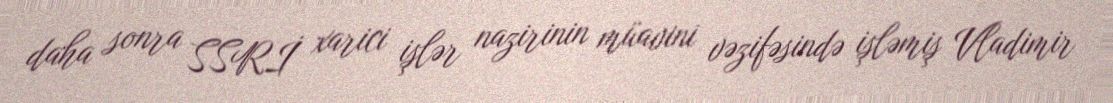
daha sonra SSRİ xarici işlər nazirinin müavini vəzifəsində işləmiş Vladimir